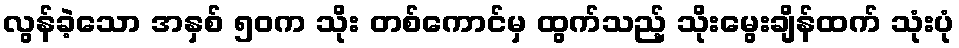
လွန်ခဲ့သော အနှစ် ၅၀က သိုး တစ်ကောင်မှ ထွက်သည့် သိုးမွေးချိန်ထက် သုံးပုံ